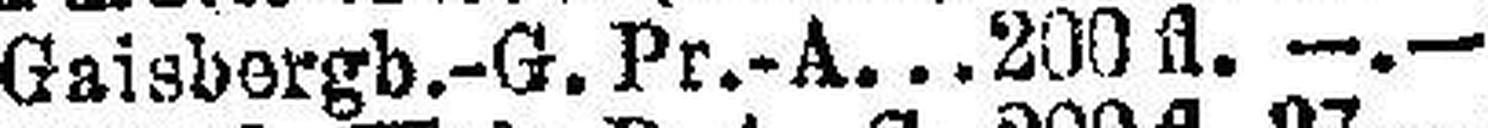
Gaisbergb.-G. Pr.-A. 200 fl. —.—